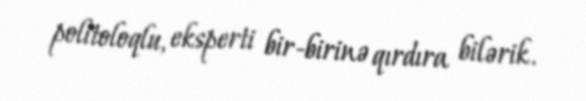
politoloqlu, eksperti bir-birinə qırdıra bilərik.